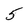
Character: 5